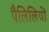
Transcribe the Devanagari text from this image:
पैलिलियों